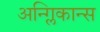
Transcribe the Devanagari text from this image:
अन्ग्लिकान्स